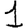
Digit: 1